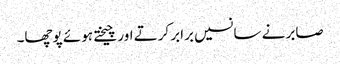
صابر نے سانسیں برابر کرتے اور چیختے ہوئے پوچھا۔